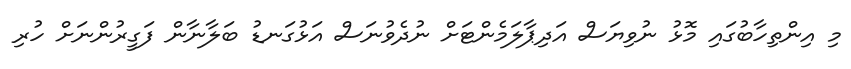
މި އިންތިހާބުގައި މޮޅު ނުވިޔަސް އަދިޕާލަމެންޓަށް ނުދެވުނަސް އަޅުގަނޑު ބަލާނާން ފަގީރުންނަށް ހުރި